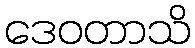
ဒေဝတာသိ